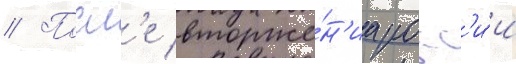
// Посл'е вторже́н'иа росс'и́и